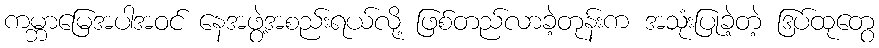
ကမ္ဘာမြေအပါအဝင် နေအဖွဲ့အစည်းရယ်လို့ ဖြစ်တည်လာခဲ့တုန်းက အသုံးပြုခဲ့တဲ့ ဒြပ်ထုတွေ